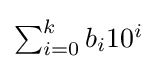
{\textstyle \sum _{i=0}^{k}b_{i}10^{i}}